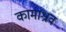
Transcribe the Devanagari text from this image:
कामाश्रव